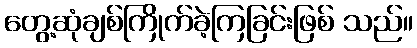
တွေ့ဆုံချစ်ကြိုက်ခဲ့ကြခြင်းဖြစ် သည်။